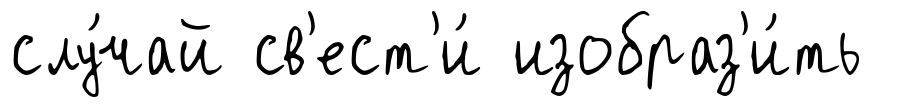
слу́чай св'ест'и́ изобраз'и́ть